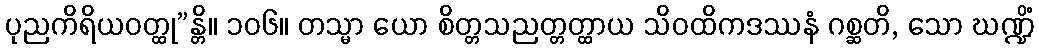
ပုညကိရိယဝတ္ထု”န္တိ။ ၁၀၆။ တသ္မာ ယော စိတ္တသညတ္တတ္ထာယ သိဝထိကဒဿနံ ဂစ္ဆတိ, သော ဃဏ္ဍိံ